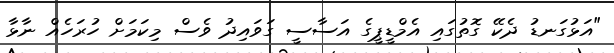
"އަޅުގަނޑު ދެކޭ ގޮތުގައި އެމްޑީޕީގެ އަސާސީ ގަވައިދު ވެސް މިކަމަށް ހުރަހެއް ނާޅާ